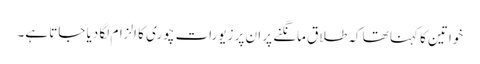
خواتین کا کہنا تھا کہ طلاق مانگنے پر ان پر زیورات چوری کا الزام لگا دیا جاتا ہے۔